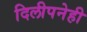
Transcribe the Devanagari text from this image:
दिलीपनेही